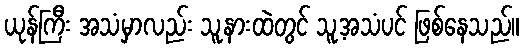
ယုန်ကြီး အသံမှာလည်း သူ့နားထဲတွင် သူ့အသံပင် ဖြစ်နေသည်။